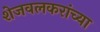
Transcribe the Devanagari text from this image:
शेजवलकरांच्या